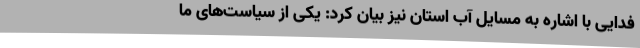
فدایی با اشاره به مسایل آب استان نیز بیان کرد: یکی از سیاست‌های ما